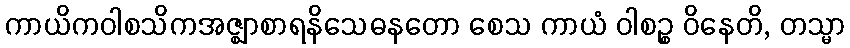
ကာယိကဝါစသိကအဇ္ဈာစာရနိသေဓနတော စေသ ကာယံ ဝါစဉ္စ ဝိနေတိ, တသ္မာ